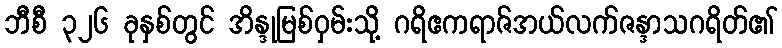
ဘီစီ ၃၂၆ ခုနှစ်တွင် အိန္ဒုမြစ်ဝှမ်းသို့ ဂရိဧကရာဇ်အယ်လက်ဇန္ဒာသဂရိတ်၏